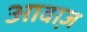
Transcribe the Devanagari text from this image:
आवा़ज